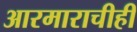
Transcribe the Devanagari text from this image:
आरमाराचीही